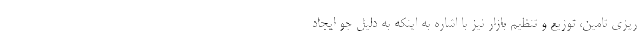
ریزی تامین، توزیع و تنظیم بازار نیز با اشاره به اینکه به دلیل جو ایجاد